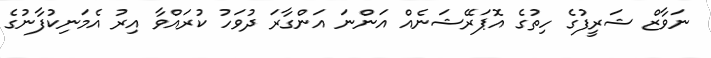
ނަވާޒް ޝަރީފުގެ ހިތުގެ އޮޕަރޭޝަނެއް އަންނަ އަންގާރަ ދުވަހު ކުރައްވާ އިރު އެމަނިކުފާނުގެ